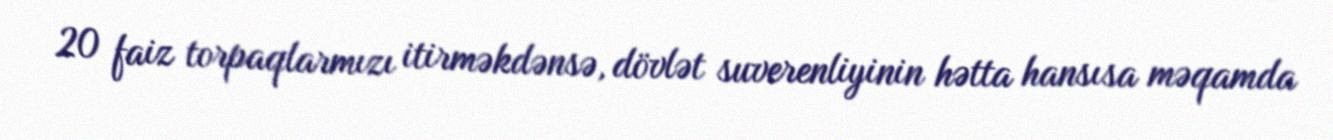
20 faiz torpaqlarmızı itirməkdənsə, dövlət suverenliyinin hətta hansısa məqamda